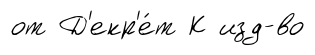
от Д'екр'е́т К изд-во